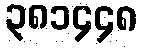
၃၈၁၄၄၈